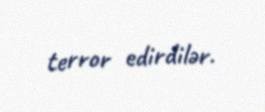
terror edirdilər.